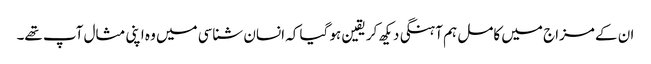
ان کے مزاج میں کامل ہم آہنگی دیکھ کر یقین ہو گیا کہ انسان شناسی میں وہ اپنی مثال آپ تھے۔